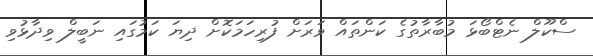
ސްކޫލް ނެޓްބޯޅަ މުބާރާތުގެ ކަންތައް ވަރަށް ފުރިހަމަކޮށް ދިޔަ ކަމުގައި ނަބީލް ވިދާޅުވި